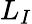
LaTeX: L_{I}